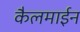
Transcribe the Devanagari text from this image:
कैलमाईन